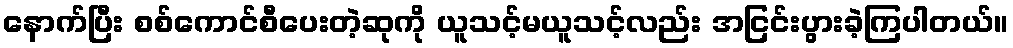
နောက်ပြီး စစ်ကောင်စီပေးတဲ့ဆုကို ယူသင့်မယူသင့်လည်း အငြင်းပွားခဲ့ကြပါတယ်။